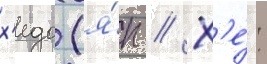
х'едо (я́п // Х'е́: